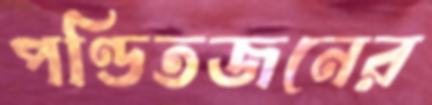
পণ্ডিতজনের